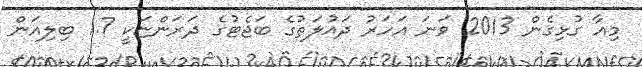
މިއާ ގުޅިގެން 2013 ވަނަ އަހަރު ދައުލަތުގެ ބަޖެޓުގެ ދަރަންޏަކީ 1.7 ބިލިއަން